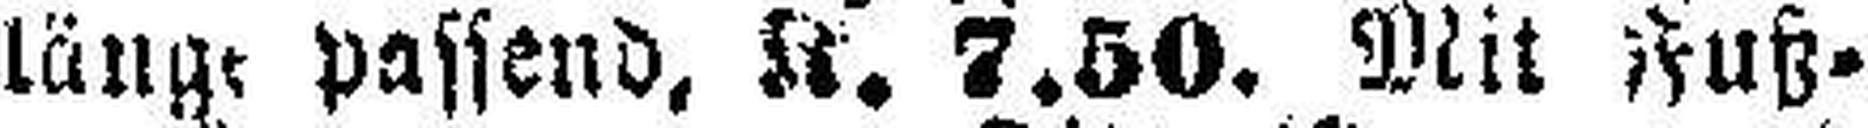
länge passend, K. 7.50. Mit Fuß¬